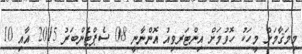
މިމަޤާމަށް މީހަކު ހޮވުމަށް އިންޓަރވިއު އޮންނާނީ 08 ސެޕްޓެންބަރު 2015 އާއި 10